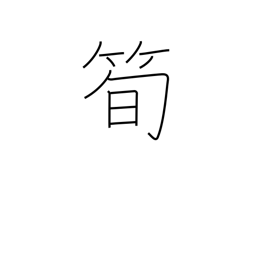
Meaning: bamboo shoot